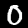
Label: 0